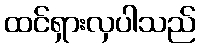
ထင်ရှားလှပါသည်